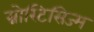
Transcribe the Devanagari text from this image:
ग्नोस्टिसिज्म